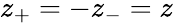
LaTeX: z_{+}=-z_{-}=z